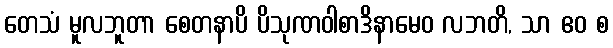
တေသံ မူလဘူတာ စေတနာပိ ပိသုဏဝါစာဒိနာမေဝ လဘတိ, သာ ဧဝ စ